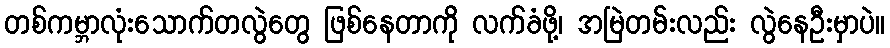
တစ်ကမ္ဘာလုံးသောက်တလွဲတွေ ဖြစ်နေတာကို လက်ခံဖို့၊ အမြဲတမ်းလည်း လွဲနေဦးမှာပဲ။